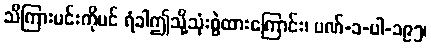
သိကြားမင်းကိုပင် ရံခါဤသို့သုံးစွဲထားကြောင်း၊ ပဏ်-၁-ပါ-၁၉၅၊